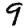
Digit: 9